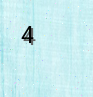
4